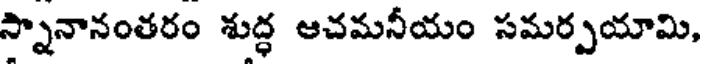
స్నానానంతరం శుద్ధ ఆచమనీయం సమర్పయామి,